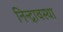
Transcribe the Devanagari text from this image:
निन्द्रावस्था